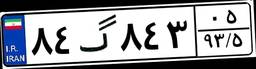
۸۴گ۸۴۳۰۵